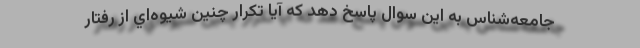
جامعه‌شناس به اين سوال پاسخ دهد كه آيا تكرار چنين شيوه‌اي از رفتار